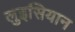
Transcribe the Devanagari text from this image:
लुइसियान